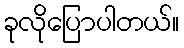
ခုလိုပြောပါတယ်။